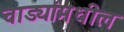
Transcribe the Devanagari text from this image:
वाड्यांमधील